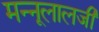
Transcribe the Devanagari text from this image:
मन्नूलालजी